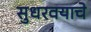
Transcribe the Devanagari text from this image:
सुधरवयाचे